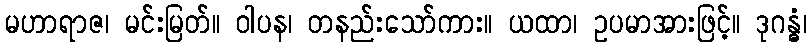
မဟာရာဇ၊ မင်းမြတ်။ ဝါပန၊ တနည်းသော်ကား။ ယထာ၊ ဥပမာအားဖြင့်။ ဒုဂန္ဓံ၊